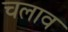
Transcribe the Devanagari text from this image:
चलाव